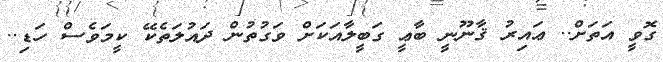
ގޮވީ އަތަށް.. ޢައިރު ޤާނޫނީ ބާޢީ ގަބީލާއަކަށް ވަގުތުން ދަައުލަތެކޭ ކީމަވެސް ހަޑި..